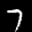
Label: 7